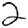
Digit: 2